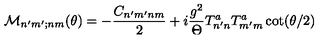
{ \cal M } _ { n ^ { \prime } m ^ { \prime } ; n m } ( \theta ) = - \frac { C _ { n ^ { \prime } m ^ { \prime } n m } } { 2 } + i \frac { g ^ { 2 } } { \Theta } T _ { n ^ { \prime } n } ^ { a } T _ { m ^ { \prime } m } ^ { a } \cot ( \theta / 2 )